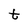
Character: t